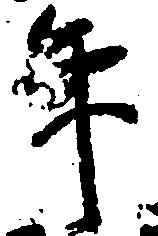
年